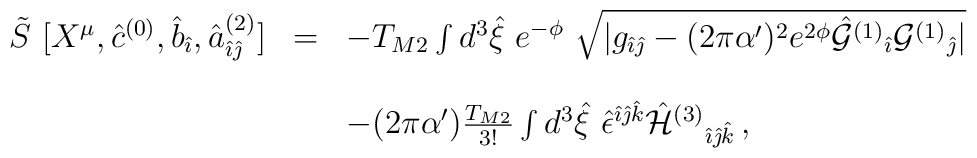
\begin{array}{rcl}\tilde{S}\ [X^{\mu},\hat{c}^{(0)},\hat{b}_{\hat{\imath}},{\hat a}^{(2)}_{\hat{\imath}\hat{\jmath}}]& = & -T_{M2} \int d^{3}\hat{\xi}\ e^{-\phi}\ \sqrt{|g_{\hat{\imath}\hat{\jmath}} -(2\pi\alpha^{\prime})^{2}e^{2\phi} \hat{\cal G}^{(1)}{}_{\hat{\imath}}{\cal G}^{(1)}{}_{\hat{\jmath}}|} \\& & \\& & -(2\pi\alpha^{\prime})\frac{T_{M2}}{3!}\int d^{3}\hat{\xi}\ \hat{\epsilon}^{\hat{\imath}\hat{\jmath}\hat{k}}\hat{\cal H}^{(3)}{}_{\hat{\imath}\hat{\jmath}\hat{k}}\, , \\\end{array}